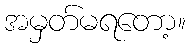
အမှတ်မရတော့။